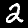
Digit: 2